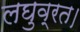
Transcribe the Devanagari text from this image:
लघुव्रत।